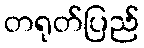
တရုတ်ပြည်